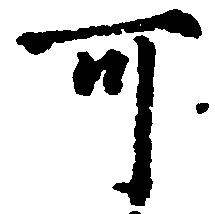
可